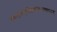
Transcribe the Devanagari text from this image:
नतस्यपुनरावृत्तिर्ब्रह्मलोकात्सनातनात्